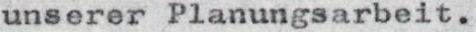
unserer Planungsarbeit.